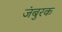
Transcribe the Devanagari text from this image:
जंबुरक